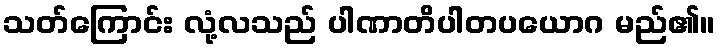
သတ်ကြောင်း လုံ့လသည် ပါဏာတိပါတပယောဂ မည်၏။